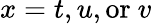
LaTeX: x=t,u,\mathrm{or}\ v